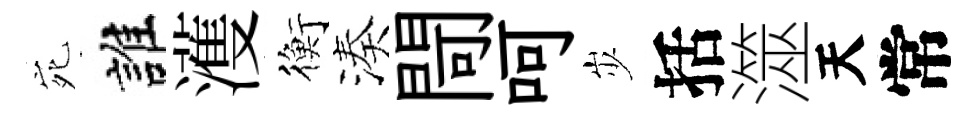
宛誰濩衡湊閜呵𡵯括澨天常